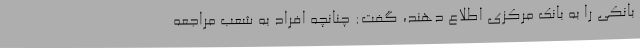
بانکی را به بانک مرکزی اطلاع دهند،‌ گفت: چنانچه افراد به شعب مراجعه